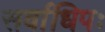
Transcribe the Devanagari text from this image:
सर्वाधिपः